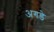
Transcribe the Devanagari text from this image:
अगडे